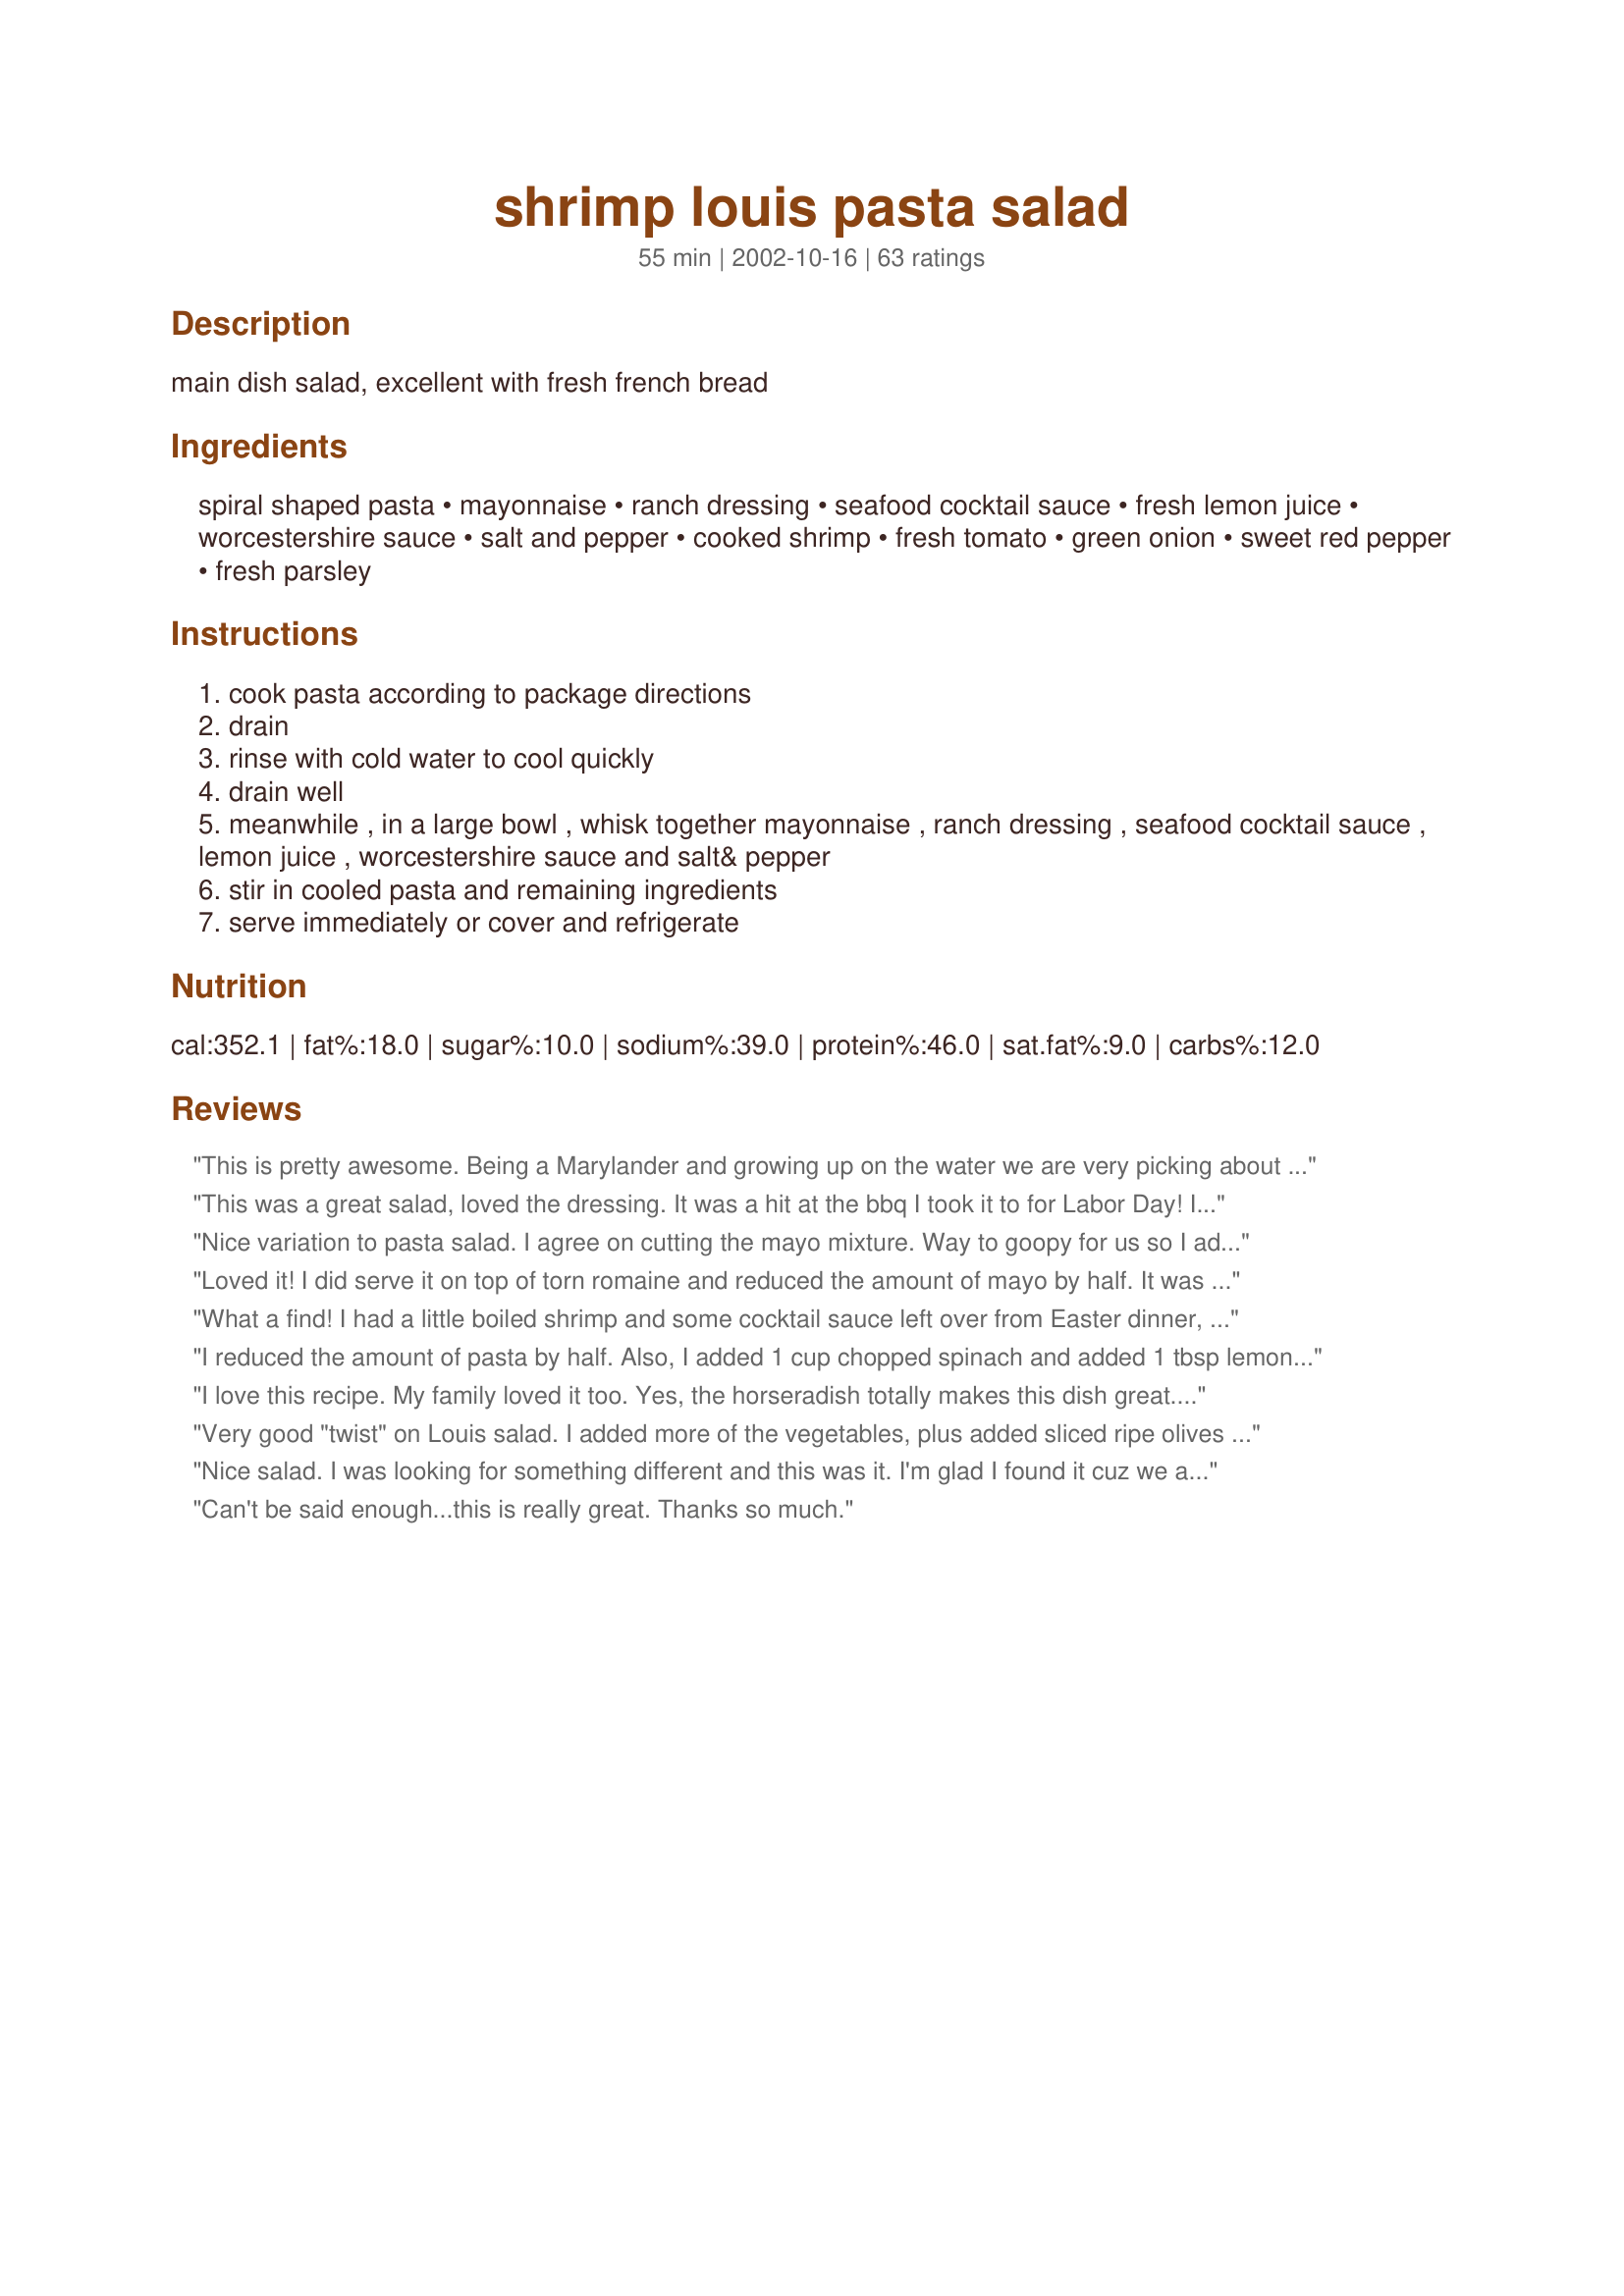
shrimp louis pasta salad
Preparation time: 55 minutes

main dish salad, excellent with fresh french bread

Ingredients:
spiral shaped pasta, mayonnaise, ranch dressing, seafood cocktail sauce, fresh lemon juice, worcestershire sauce, salt and pepper, cooked shrimp, fresh tomato, green onion, sweet red pepper, fresh parsley

Steps:
cook pasta according to package directions
drain
rinse with cold water to cool quickly
drain well
meanwhile , in a large bowl , whisk together mayonnaise , ranch dressing , seafood cocktail sauce , lemon juice , worcestershire sauce and salt& pepper
stir in cooled pasta and remaining ingredients
serve immediately or cover and refrigerate

Reviews:
This is pretty awesome. Being a Marylander and growing up on the water we are very picking about our seafood. The only change I made was to add Old Bay seasoning. A Maryland staple and I made a little less dressing as we like our pasta a little on the dryer side. Very good recipe. Definitely keeping this in my rotation! Oh and FYI it&#039;s best made the day before. That way all the flavors combine.
This was a great salad, loved the dressing. It was a hit at the bbq I took it to for Labor Day! I used the whole box of pasta because there was only a small amount left after measuring out the 3 cups, and from reading past reviews I figured there'd be plenty of dressing. Thanks
Nice variation to pasta salad. I agree on cutting the mayo mixture. Way to goopy for us so I added more pasta and doubled the tomato/onion/pepper portions. Once we did that we really enjoyed the salad.
Loved it! I did serve it on top of torn romaine and reduced the amount of mayo by half. It was made the night before and enjoyed today at lunch. It is super easy to put together. Thanks for sharing.
What a find! I had a little boiled shrimp and some cocktail sauce left over from Easter dinner, as well as the remnants of a veggie tray with the accompanying dip. This recipe made it possible to 'recycle' everything in one delicious dish! I didn't bother chopping fresh parsley since the ranch dressing already had a ton in it, but I did slice a couple of celery sticks just to use them up. We thought the little bit of crunch added nice texture. I had made the cocktail sauce with a very generous amount of horseradish, and I agree with another reviewer that it really enhanced the flavor of this salad. Thanks for turning our leftovers into a lovely meal, Tootsie!
I reduced the amount of pasta by half. Also, I added 1 cup chopped spinach and added 1 tbsp lemon zest. I also used a green pepper instead of red. YUM. My husband is thrilled to have this is the fridge to snack on and/or have for lunch.
I love this recipe. My family loved it too. Yes, the horseradish totally makes this dish great. I left out the peppers because my kids won't eat them. Yummy!
Very good "twist" on Louis salad. I added more of the vegetables, plus added sliced ripe olives and cucumber. Great main dish salad on a hot summer evening.
Nice salad. I was looking for something different and this was it. I'm glad I found it cuz we all liked this one. Thank you for posting, I plan on making again for family reunion.
Can't be said enough...this is really great. Thanks so much.
This is an absolutely phenomenal recipe, I have made it many times and hubby would gobble the whole thing on his own.
Great tasting pasta salad, we loved the flavors in the dresssing, the ranch dressing, cocktail sauce & horseradish along with the other flavors was very tasty with the shrimp & pasta. I did cut back on the mayonnaise as did Paula G. Used cherry tomatoes cutting them in half and serving on a bed of Romaine lettuce.Thanks for the tasty salad!
Very tasty salad, I used bow-tie noodles. My dh, who is picky bout salads, said he enjoyed it. I was short on ranch dressing so I diluted what I had with a little milk. Look forward to making it with the correct amount of ranch next time. Thanks for posting!
Excellent pasta salad! I loved all the flavors together and it was so good I couldn't stop eating it. My family came back for seconds, so I know they loved it too!
I am making this salad for the second time in 2 weeks just as written.Excellent!
Very nice recipe that we enjoyed for a light dinner. I doubled the tomato and next time I would add even more. My DH would like me to add some olives and I thought some cucumber would be nice. Thanks Tootsie!
I had a bunch of ingredients leftover from a party and went searching for a recipe to use them in -- and boy did I get a winner! I used Dreamfield's low-carb pasta, fresh chunky salsa that I made in place of the chopped tomato, and chives instead of green onions. The cocktail sauce and salsa give the salad a wonderful snappy taste. Thanks so much for making my leftover ingredients sing!
I liked this, but found it to have too much dressing. Maybe cut the amount of mayo in half? My husband & 9 year-old agreed: good taste, but too much dressing.
Delicious! I served this over a bed of torn romaine lettuce with crusty french bread on the side. Next time, I will probably cut back on the pasta . . . there was lots left after we picked out all the shrimp and veggies.
I always thought my shrimp salad was the best, but this makes me a believer. I did not change ONE thing and it is absolutely wonderfuly. Thank you so much for sharing.
I was browsing through Zaar for ideas for our Mother's Day get-together and came across this familiar recipe. I've been making this salad for several years and it's a favorite with our friends and family.
The only thing I've started doing differently from the original is I add a couple teaspoons of prepared horseradish. It was my husband's idea, and people seem to like it for the extra kick it gives the salad. YUM!
This was good! Took to a salad potluck so it had lots of competition but held it's own. DH & I finished it up & it's good leftover for lunch the next day.
I have made this many times. Everyone always wants the recipe. I use large shrimp and crab if available. I use equal amounts of pasta to seafood.
Excellent! Loved the dressing... it's tangy and zingy. I used elbow macaroni and not quite the full 1 cup of mayonnaise. I garnished with some sliced scallion tops. I would proudly bring this saladf to a putluck/picnic. Thanx for sharing!
Made this for my husband for lunch. He finshed the whole thing. I did do some changes - I added carrots to our and for shrimp I used cooked shrimp with garlic. I Left out the cocktail sauce and Lemon.. This is nice. Next time this will be for me...
I cut back on the mayo by about a quarter and perhaps should have cut back a little more as there was more than enough dressing. This is a wonderful summer salad. Thanks for sharing.
This was great. I love anything with shrimp in it and the tomatoe and ranch went together well. Thanks for a tasty salad.
I first made this in August, 2007. Both my daughter and I loved it. She picked up on the horseradish right away. We both think that's the "secret" ingredient! Just made this again today and remembered to do a rating. Thanks so much for a yummy shrimp recipe!
Very good! I added crab too- hubby really loved this recipe.
I made this up for company that was coming in for Cherry Festival...It was a big hit...will make again for sure...
Just had this tonight for dinner and I gotta say "WOW!" What a great shrimp salad! This will be a favorite of mine all summer long. Only thing different I did was increase both red pepper and green onions a bit. Oh! And I just noticed that I forgot the parsley as well! It was still a great dinner with very fresh sourdough and equally fresh butter. Yummy! Thanks so much for posting.
Out of this world! I loved this salad, as did RJ. Made exactly as directed and have stored in my keeper file to be made often! This is a meal in itself. Thank you Tootsie for such a great recipe. Tweeky a.k.a. Judi
This was very good. The only change that I made was to use the small salad shrimp reather than the medium sized shrimp. It was delicious!
I love shrimp and was looking for something different. I didn't have any tomatoes, but followed the rest. I think this is a recipe that might be more suited for imitation crab. The color and taste seemed bland to me with shrimp. I'm going to add some frozen peas later today for more color and texture and see if that helps.
We loved this!! We are sauce lovers here, so the more sauce the better and this was fantastic! Refreshing, full of flavour and easy to make; my fianc&eacute; ended up taking the leftovers to work for lunch the next day!
WOW, very very good! I followed the recipe exactly (except no red peppers) and served it over romaine lettuce topped with sliced hard boiled eggs. This recipe reminds me of Fishermanâ€™s Wharf.
This salad tastes AMAZING!! I just made some about an hour ago for a graduation party tommorow & everybody keeps eating it (including myself), so now I have to make more for the party!! I made exactly as stated & added both shrimp & crab..Wonderful, Thank You!!
We really enjoyed this salad at lunch today. I loved the "zip" of cocktail sauce and horseradish. It was a great 1 dish meal. Thanks for posting!

Nick's Mom
Excellent salad. I used all the dressing and found that the pasta soaked it up. I used homemade ranch and seafood cocktail sauce from Zaar recipes. This is a definite "doer again"! Thanks, Carole in Orlando
We did not care for this. There was too much sauce and the flavor of the sauce was overwhelming and had a funny taste to it. I think it just had too much going on. The spiral noodles also picked up a lot of sauce on each noodle making it more over-powering. I'm sorry this wasn't our favorite. Thank you for giving me something new to try.
Yum. I did pump it up with more horseradish and I think I will add more veggies the next time but definitely YUM &lt;br/&gt;Addendum I didn&#039;t add the ranch dressing but used more seafood sauce than called for and then pumped it up with horseradish
Very good. After reading the reviews I added lemon zest and red pepper flakes. I roasted the shrimp with red pepper flakes, salt and a bit of EVOO to add more flavor. Very good.
This is a delicious salad and one that will grace my table again. I have posted a recipe that keeps the basics of this recipe but removed some of the calories. This is necessary to keep the weight down but still enjoy such a great dish. Thanks Tootsie.
Good
this was a good and deliscious dish.
Ohh yeah, ohh yeah!! This is a good receipe for someone that wants to impress with very little time. Good receipe. Note: Adjust onions if you have less than 1lb of shrimp.
What a delight! There are only two of us so I cut recipe in half, it was still enough for 2 meals.
great salad ,dee
My family loved this recipe, they thought it was so good they had to have the recipe.
This tastes great. Too bad fba gave this a bad rating - deserved more.
The concept is refreshing, the pictures alluring, I really wanted to love this pasta salad. I prepared it with my mouth watering and could barely wait for it to chill! Unfortunately, I did not like the sauce. Not even a little. I didn&#039;t want to waste, so I ended up putting the whole bowl of salad in a fine strainer and rinsing all the sauce off, then adding mayo and lemon juice with salt and pepper, which was more bland, but palatable for me. I&#039;m so sorry to give a low rating, this just did not fit my taste preferences at all. Thank you for sharing the recipe.
Made this earlier this morning for us to have for supper tonight, but I keep having to taste it "one more time". I know DH will love it. I used "fake" lobster meat in place of the shrimp 'cause that is what was on hand, really good! Also added more tomato than called for just 'cause i've got alot right now and we love them. Going to serve it with a salad of mixed greens and some hot garlic bread! Really looking forward to supper tonight, thanx to you Tootsie!
A little too much dressing. OK but not great with fake lobster meat. I tried adding some chopped hardboiled eggs to use up some of the dressing. Nah. Will be making again, but using REAL shrimp. Needs more 'crunch', so will serve on top of a bed of romaine lettuce. I think it would rate 4 stars with real seafood. Very easy to make.
I'd suggest cutting down on the amount of mayo & ranch dressing. I added more seafood cocktail sauce for more flavor.
Fixed this salad for a friend and I on a weekend trip. I halfed it and used a zesty shrimp cocktail sauce and left out the horseradish sauce. It was delicious. Will fix it again.
Very good recipe, the dressing combo is nice and tangy!
The flavor of the sauce isn't bad, but it overpowers all other flavors in the dish. There is also an awful lot of the sauce- it might be better with half the amount, and more of everything else besides sauce and noodles.
My eleven lady luncheon guests today gave you a definite 5 star review (although I must admit I tweeked it a bit)! Nine out of 11 requested the recipe. As others suggested, I didn't use all the dressing, although I did make the entire dressing recipe (thought I might need more since I tore some romaine lettuce and put it on the bottom for those who chose to dig deeper to incorporate some lettuce as well). I increased the scallions to 3/4 cup, as well as the tomatoes and red bell pepper. Dill weed is always a must for my taste buds so I added about 3/4 tsp. I also included 2 stalks of diced celery. In the description of the recipe it included parsley, but wasn't included in the ingredients, so I guessed and added ~1/2 cup of fresh snipped parsley from my garden. Oh yes, I also included about 1/2 tsp. of minced garlic in the salad dressing; and the horseradish is a MUST in my opinion! Now, the shrimp you use is also critical as far as I'm concerned: no canned, no frozen, only fresh boiled in my kitchen. I served the salad with sour dough rolls and razzelberry pie with vanilla bean ice cream for dessert. This is a GREAT salad and one I will serve again and again and again. You made me proud today and I thank you for that PotPie!
made this for dinner tonite and everyone loved it.my 10 year old wants in her lunch tomorrow.very good i'm planning on making for our next family get together.
A perfect seafood salad for a warm spring or summer day. I added a package of the faux lobster meat and it made it even more delicious! The sauce was perfect just the way the recipe is written.
This was very good. I really thought that the dressing complimented the shrimp. I did think there was a little too much dressing so I added a little more pasta. Thanks for a great summer time salad.
We liked this alot. I didn't have the green onion so subed finely chopped yellow onion. I made the Easy Seafood Cocktail Sauce #334528 to use as the cocktail sauce called for in the recipe. I made half the recipe, and my DH and I finished it off!!!
I gave 4 stars because I had no ranch dressing so I subbed with thousand island. It was a fabulous combination of flavours. I loved it and will make this again for the next summer potluck lunch.
